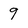
Character: 9